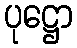
ပုဋ္ဌော